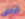
قاض